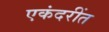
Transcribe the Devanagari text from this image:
एकंदरींत